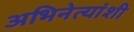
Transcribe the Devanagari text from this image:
अभिनेत्यांशी